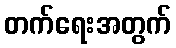
တက်ရေးအတွက်